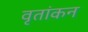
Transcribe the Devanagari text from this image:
वृतांकन